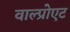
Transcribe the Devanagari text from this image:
वाल्प्रोएट